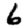
Digit: 6